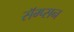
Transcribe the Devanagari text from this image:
सॅम्प्सन